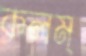
কলম্